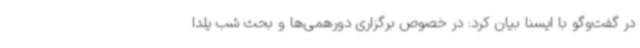
در گفت‌وگو با ایسنا بیان کرد: در خصوص برگزاری دورهمی‌ها و بحث شب یلدا